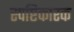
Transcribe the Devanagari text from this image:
स्पष्टिकारक